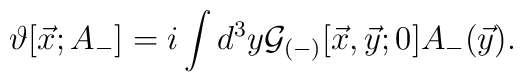
\vartheta [{\vec x};A_-] = i \int d^3y {\cal G}_{(-)}[\vec{x},\vec{y}; 0] A_-(\vec{y}) .